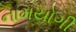
નામયોગી